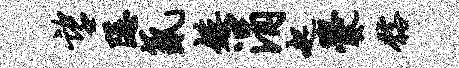
望隐氤矮涓起爨髂